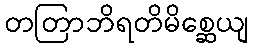
တတြာဘိရတိမိစ္ဆေယျ